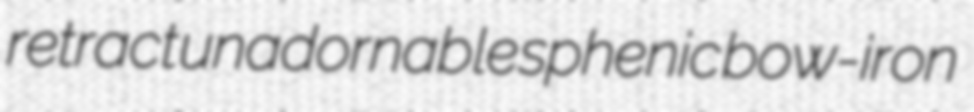
retract unadornable sphenic bow-iron